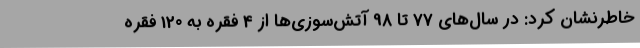
خاطرنشان کرد: در سال‌های 77 تا 98 آتش‌سوزی‌ها از 4 فقره به 120 فقره